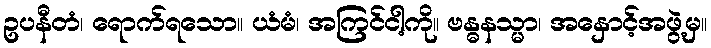
ဥပနီတံ၊ ရောက်ရသော။ ယံမံ၊ အကြင်ငါ့ကို။ ဗန္ဓနသ္မာ၊ အနှောင့်အဖွဲ့မှ။